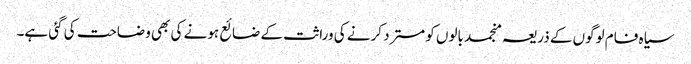
سیاہ فام لوگوں کے ذریعہ منجمد بالوں کو مسترد کرنے کی وراثت کے ضائع ہونے کی بھی وضاحت کی گئی ہے۔